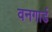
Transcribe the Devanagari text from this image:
वनगार्ड